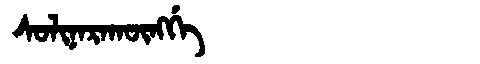
Manchu: ᠰᠣᠯᡳᠨᠠᡵᠠᡴᡡᠩᡤᡝ
Romanization: SOLINARAKŪNGGE